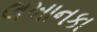
લખાનકા